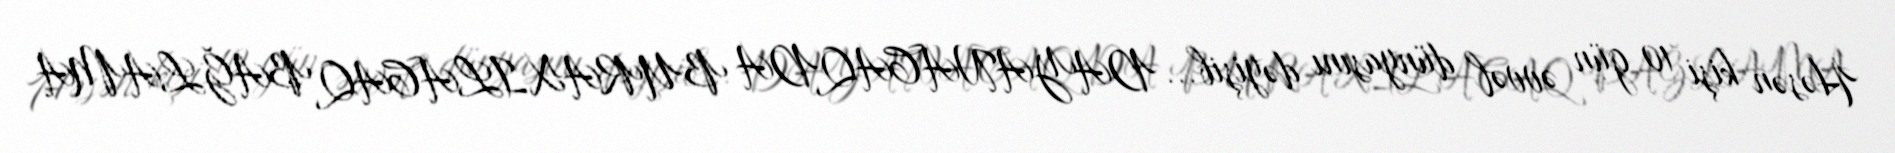
Həsən kişi 10 gün əvvəl dünyasını dəyişib... DAYANACAQDA BURAXILACAQ BAĞLAMA